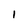
Character: 1